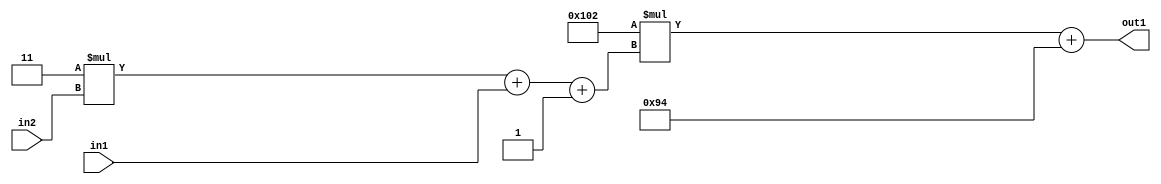
`timescale 1ps / 1ps
/*****************************************************************************
    Verilog RTL Description
    
    
    Created by: Stratus DpOpt 2019.1.01 
*******************************************************************************/

module DC_Filter_Add2i148Mul2i258Add3i1u1Mul2i3u2_1 (
	in2,
	in1,
	out1
	); /* architecture "behavioural" */ 
input [1:0] in2;
input  in1;
output [11:0] out1;
wire [11:0] asc001;
wire [3:0] asc002;

wire [3:0] asc002_tmp_0;
wire [3:0] asc002_tmp_1;
assign asc002_tmp_1 = 
	+(4'B0011 * in2);
assign asc002_tmp_0 = asc002_tmp_1
	+(in1);
assign asc002 = asc002_tmp_0
	+(4'B0001);

wire [11:0] asc001_tmp_2;
assign asc001_tmp_2 = 
	+(12'B000100000010 * asc002);
assign asc001 = asc001_tmp_2
	+(12'B000010010100);

assign out1 = asc001;
endmodule

/* CADENCE  vrP4Sg8= : u9/ySgnWtBlWxVPRXgAZ4Og= ** DO NOT EDIT THIS LINE ******/